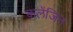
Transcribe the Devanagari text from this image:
कलेंजिन